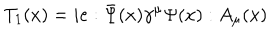
T _ { 1 } ( x ) = i e : \bar { \Psi } ( x ) \gamma ^ { \mu } \Psi ( x ) : A _ { \mu } ( x )